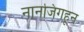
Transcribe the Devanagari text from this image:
नानजिंगहून